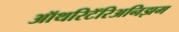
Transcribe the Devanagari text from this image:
ऑथरिटॅरिअनिझम